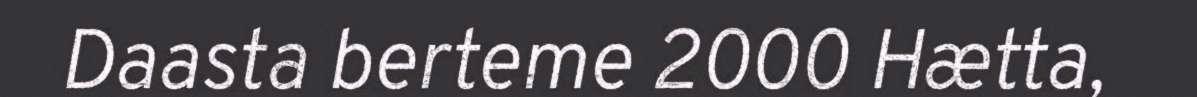
Daasta berteme 2000 Hætta,